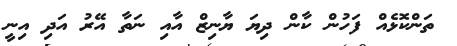
ތަންކޮޅެއް ފަހުން ކާން ދިޔަ ޔާނިޒް އާއި ނަތާ އޭރު އަދި އިނީ